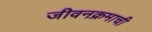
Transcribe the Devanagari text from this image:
जीवनक्रमाची